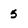
Character: 5